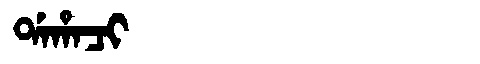
Manchu: ᡩᠠᡥᠠᠴᡳ
Romanization: DAHACI